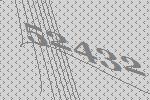
52432